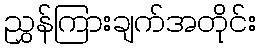
ညွှန်ကြားချက်အတိုင်း